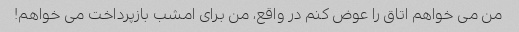
من می خواهم اتاق را عوض کنم در واقع، من برای امشب بازپرداخت می خواهم!